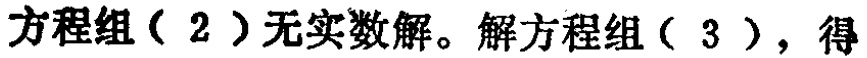
方程组（2）无实数解。解方程组（3），得